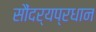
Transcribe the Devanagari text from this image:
सौंदर्यप्रधान